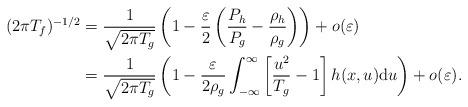
LaTeX: \begin{align*} (2\pi T_f)^{-1/2} &= \frac{1}{\sqrt{2\pi T_g} } \left( 1 - \frac{\varepsilon}{2} \left( \frac{P_h}{P_g} - \frac{\rho_h}{\rho_g}\right) \right) + o(\varepsilon) \\ & =\frac{1}{\sqrt{2\pi T_g} } \left( 1- \frac{\varepsilon}{2\rho_g} \int_{-\infty}^{\infty} \left[\frac{u^2}{T_g}-1 \right] h(x,u) \mathrm{d}u \right) + o(\varepsilon). \end{align*}